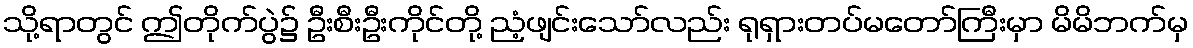
သို့ရာတွင် ဤတိုက်ပွဲ၌ ဦးစီးဦးကိုင်တို့ ညံ့ဖျင်းသော်လည်း ရုရှားတပ်မတော်ကြီးမှာ မိမိဘက်မှ